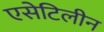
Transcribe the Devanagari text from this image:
एसेटिलीन